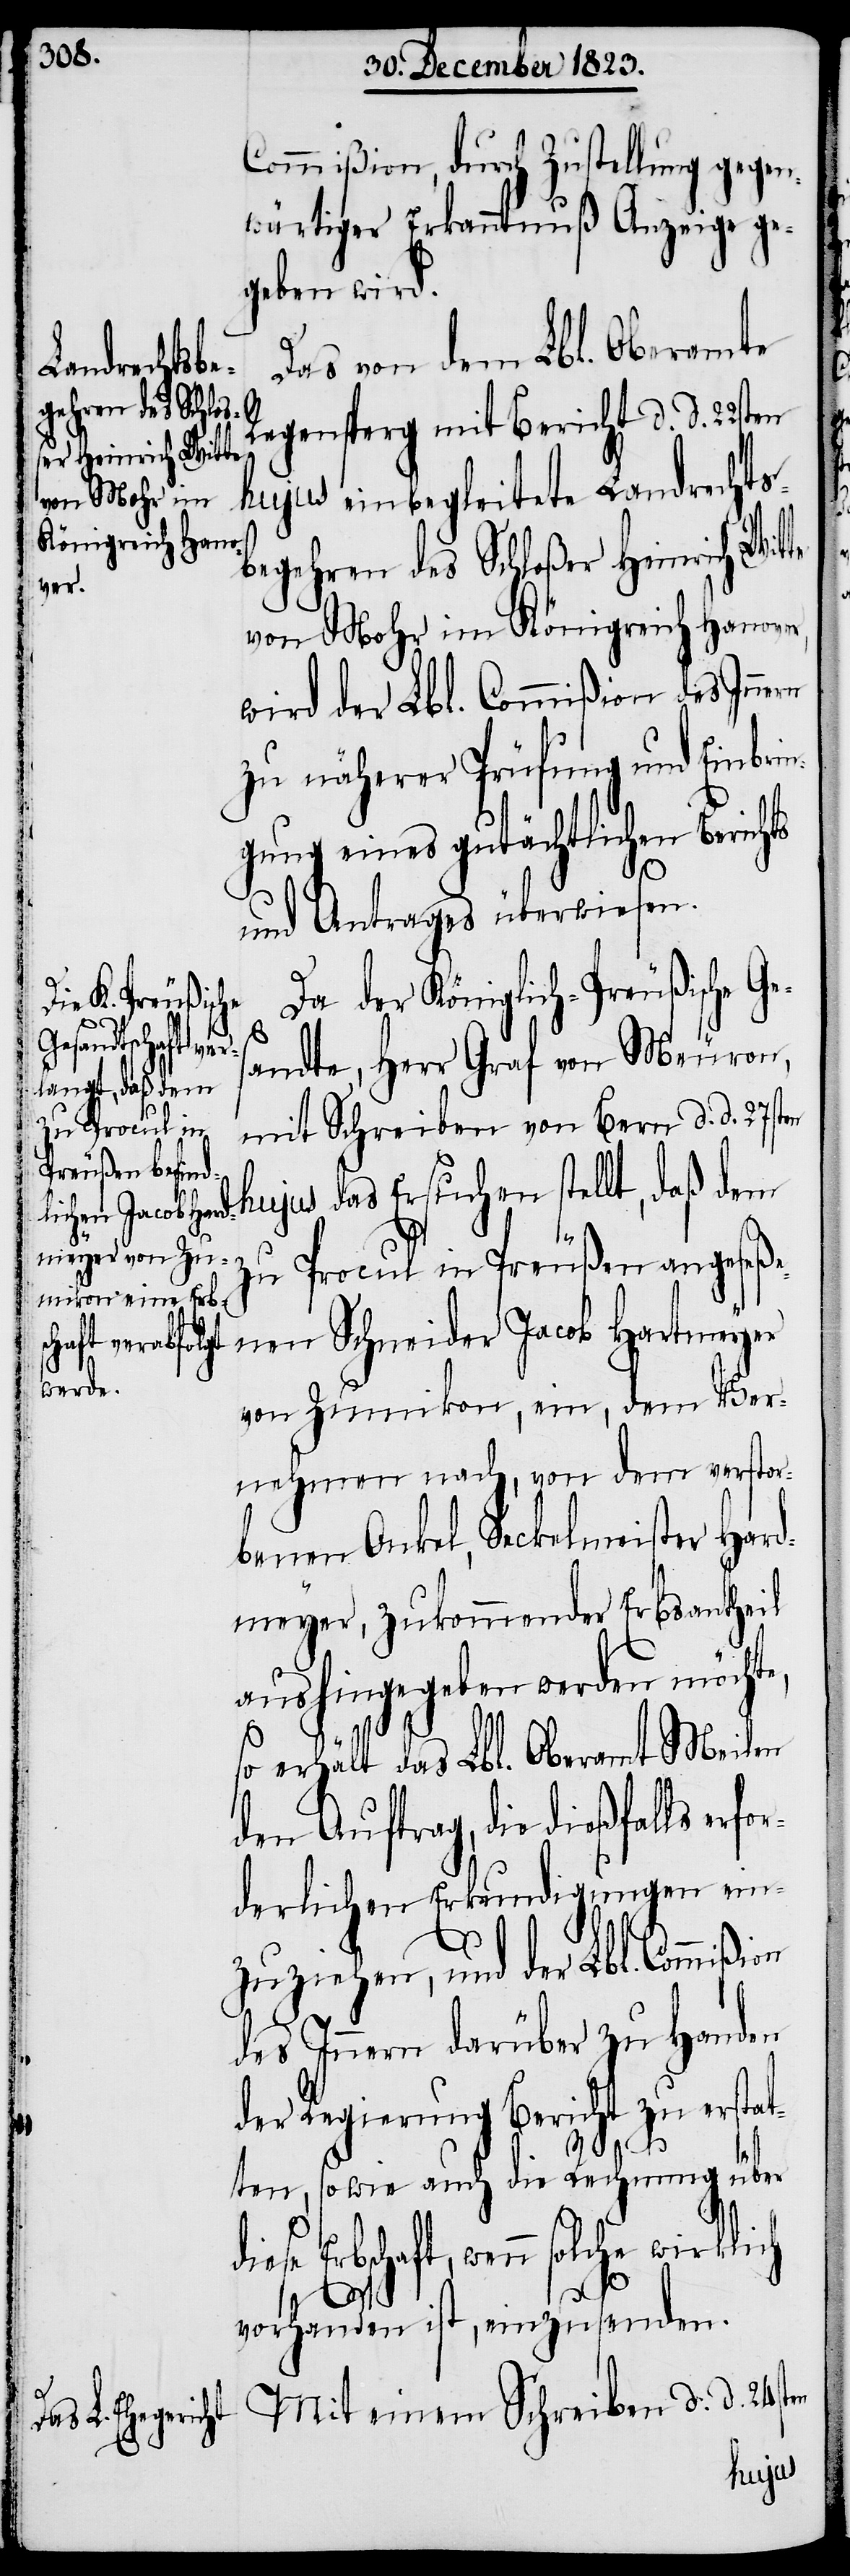
Commißion, durch Zustellung gegen¬
wärtiger Erkanntnuß Anzeige ge¬
geben wird.
Das von dem Lbl. Oberamte
Regensperg mit Bericht d. d. 22sten
hujus einbegleitete Landrechts¬
begehren des Schloßer Heinrich Wit¬
von Mohr im Königreich Hanover,
wird der Lbl. Commißion des Inne¬
zu näherer Prüfung und Einbrin¬
gung eines gutächtlichen Berichts
und Antrages überwiesen.
Da der Königlich-Preußische G¬
24sten
andte, Herr Graf von Meuron,
mi Schreiben von Bern d. d. 27sten
hujus das Ersuchen stellt, daß dem
zu Procul in Preußen angeseße¬
nen Schneider Jacob Hartmeyer
Mit einem Sc¬
hreiben
von Zumikon, ein, dem Ver¬
nehmen nach, von dem verstor¬
benen Onkel, Seckelmeister Hard¬
meyer, zukommender Erbsantheil
aushingegeben werden möchte,
so erhält das Lbl. Oberamt Meilen
den Auftrag, die dießfalls erfo¬
rderlichen Erkundigungen ein¬
zuziehen, und der Lbl. Commißi¬
des Innern darüber zu Handen
der Regierung Bericht zu erstat¬
d.
ten, sowie auch die Rechnung über
Erbschaft, wenn solche wirklich
vorhanden ist, einzusenden.